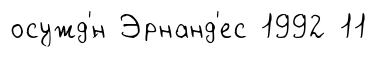
осужд'́н Эрнанд'ес 1992 11